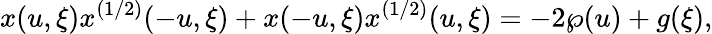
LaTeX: x(u,\xi)x^{(1/2)}(-u,\xi)+x(-u,\xi)x^{(1/2)}(u,\xi)=-2\wp(u)+g(\xi),